Annual report of the Imperial Bacteriologist
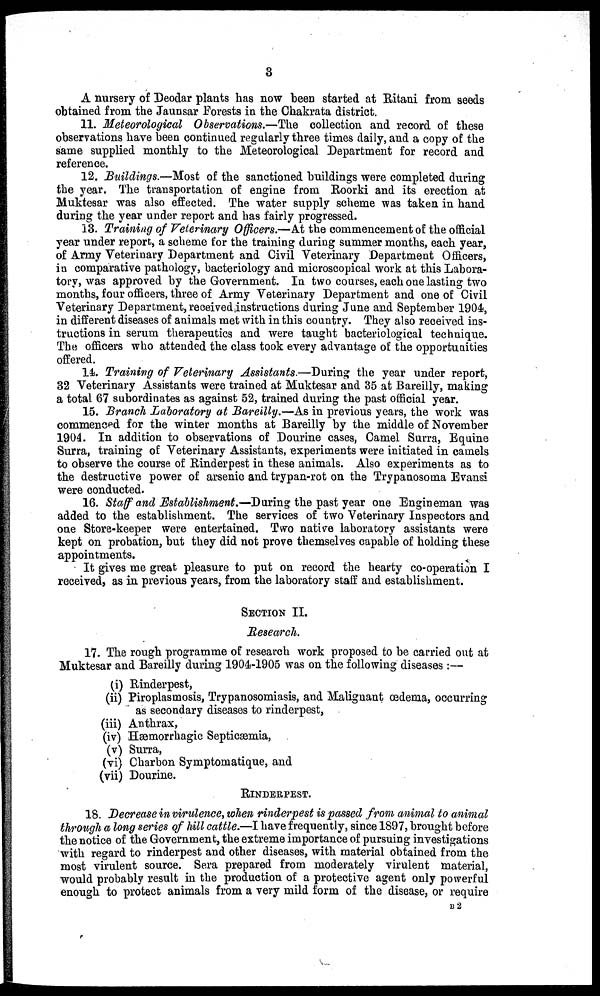
3
A nursery of Deodar plants has now been started at Ritani from seeds
obtained from the Jaunsar Forests in the Chakrata district.
11. Meteorological Observations.—The collection and record of these
observations have been continued regularly three times daily, and a copy of the
same supplied monthly to the Meteorological Department for record and
reference.
12. Buildings.—Most of the sanctioned buildings were completed during
the year. The transportation of engine from Roorki and its erection at
Muktesar was also effected. The water supply scheme was taken in hand
during the year under report and has fairly progressed.
13. Training of Veterinary Officers.—At the commencement of the official
year under report, a scheme for the training during summer months, each year,
of Army Veterinary Department and Civil Veterinary Department Officers,
in comparative pathology, bacteriology and microscopical work at this Labora-
tory, was approved by the Government. In two courses, each one lasting two
months, four officers, three of Army Veterinary Department and one of Civil
Veterinary Department, received instructions during June and September 1904,
in different diseases of animals met with in this country. They also received ins-
tructions in serum therapeutics and were taught bacteriological technique.
The officers who attended the class took every advantage of the opportunities
offered.
14. Training of Veterinary Assistants.—During the year under report,
32 Veterinary Assistants were trained at Muktesar and 35 at Bareilly, making
a total 67 subordinates as against 52, trained during the past official year.
15. Branch Laboratory at Bareilly.—As in previous years, the work was
commenced for the winter months at Bareilly by the middle of November
1904. In addition to observations of Dourine cases, Camel Surra, Equine
Surra, training of Veterinary Assistants, experiments were initiated in camels
to observe the course of Rinderpest in these animals. Also experiments as to
the destructive power of arsenic and trypan-rot on the Trypanosoma Evansi
were conducted.
16. Staff and Establishment.—During the past year one Engineman was
added to the establishment. The services of two Veterinary Inspectors and
one Store-keeper were entertained. Two native laboratory assistants were
kept on probation, but they did not prove themselves capable of holding these
appointments.
It gives me great pleasure to put on record the hearty co-operation I
received, as in previous years, from the laboratory staff and establishment.
SECTION II.
Research.
17. The rough programme of research work proposed to be carried out at
Muktesar and Bareilly during 1904-1905 was on the following diseases :—
(i) Rinderpest,
(ii) Piroplasmosis, Trypanosomiasis, and Malignant œdema, occurring
as secondary diseases to rinderpest,
(iii) Anthrax,
(iv) Hæmorrhagic Septicæmia,
(v) Surra,
(vi) Charbon Symptomatique, and
(vii) Dourine.
RINDERPEST.
18. Decrease in virulence, when rinderpest is passed from animal to animal
through a long series of hill cattle.—I have frequently, since 1897, brought before
the notice of the Government, the extreme importance of pursuing investigations
with regard to rinderpest and other diseases, with material obtained from the
most virulent source. Sera prepared from moderately virulent material,
would probably result in the production of a protective agent only powerful
enough to protect animals from a very mild form of the disease, or require
B 2